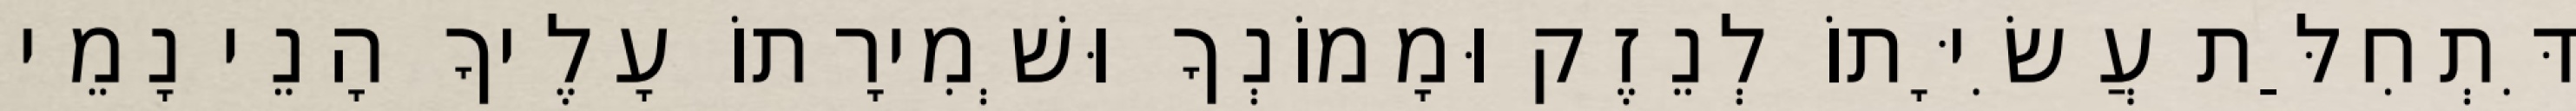
דִּתְחִלַּת עֲשִׂיָּתוֹ לְנֵזֶק וּמָמוֹנְךָ וּשְׁמִירָתוֹ עָלֶיךָ הָנֵי נָמֵי